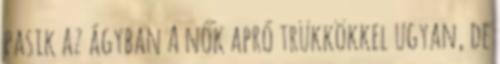
pasik az ágyban A nők apró trükkökkel ugyan, de